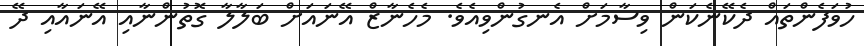
ހުވަފެންތައް ދެކޭނެކަން ވިސާމަށް އެނގުންވިއެވެ. މެހެނާޒް އޭނައަށް ބަލާލާ ގޮތުންނާއި އޭނައާއި ދޭ